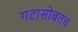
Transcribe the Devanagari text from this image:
गटासोबतच